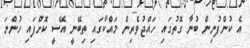
އެ ކުންފުނިން ބުނާ ގޮތުގައި ހައްޖުވެރިން މައްކާގައި ތިބޭނީ އޭސީ ކޮށްފައި ހުންނަ